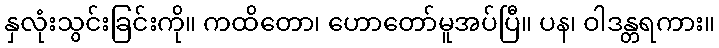
နှလုံးသွင်းခြင်းကို။ ကထိတော၊ ဟောတော်မူအပ်ပြီ။ ပန၊ ဝါဒန္တရကား။